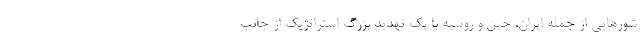
شورهایی از جمله ایران، چین و روسیه با یک تهدید بزرگ استراتژیک از جانب